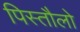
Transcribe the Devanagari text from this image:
पिस्तौलो